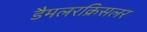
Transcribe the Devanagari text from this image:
डैमलरक्रिसलर